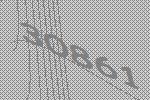
30861